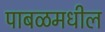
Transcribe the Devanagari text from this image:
पाबळमधील